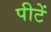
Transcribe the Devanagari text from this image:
पीटें